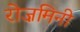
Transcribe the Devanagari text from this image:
रोज़मिनी